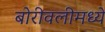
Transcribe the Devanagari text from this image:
बोरीवलीमध्ये